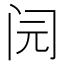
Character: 𰿨